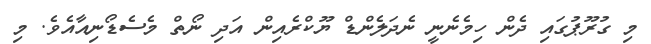
މި ގުރޫޕުގައި ދެން ހިމެނެނީ ނެދަލެންޑް ޔޫކްރެއިން އަދި ނޯތް މެސެޑޯނިއާއެވެ. މި